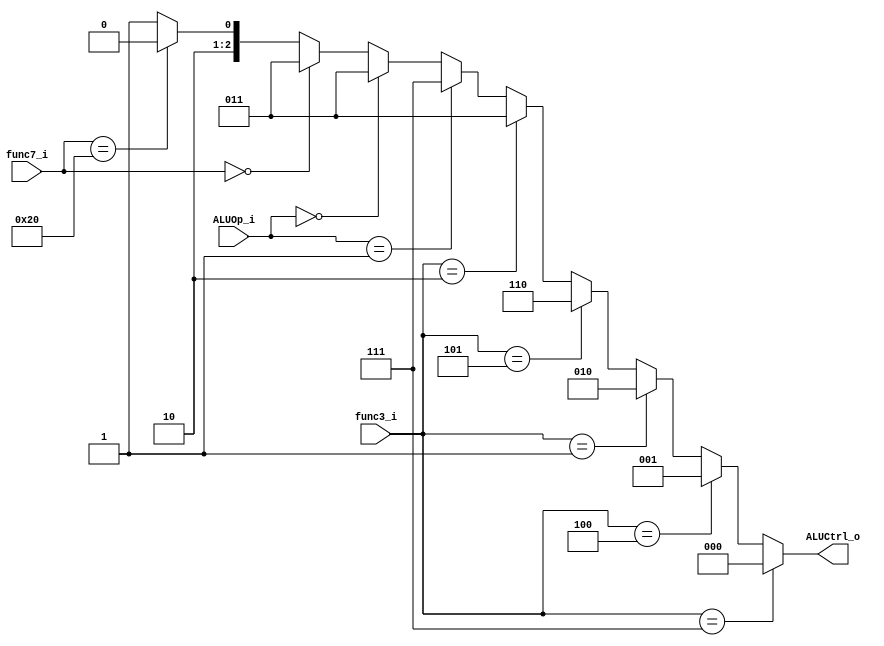
module ALU_Control
(
    func7_i,
    func3_i,
    ALUOp_i,
    ALUCtrl_o
);

input [6:0] func7_i;
input [2:0] func3_i;
input [1:0] ALUOp_i;
output [2:0] ALUCtrl_o;

assign ALUCtrl_o = (func3_i == 3'b111) ? 3'b000 :
                   (func3_i == 3'b100) ? 3'b001 :
                   (func3_i == 3'b001) ? 3'b010 :
                   (func3_i == 3'b101) ? 3'b110 :
                   (func3_i == 3'b010) ? 3'b011 :
                    (ALUOp_i == 2'b01) ? 3'b111 :
                    (ALUOp_i == 2'b00) ? 3'b011 :
               (func7_i == 7'b0000000) ? 3'b011 :
               (func7_i == 7'b0100000) ? 3'b100 : 3'b101;

endmodule